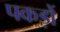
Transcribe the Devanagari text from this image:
पकड़ों